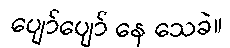
ပျော်ပျော် နေ သေခဲ။